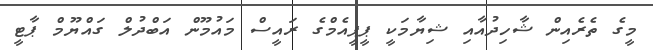
މީގެ ތެރެއިން ޝާހިދުއާއި ޝިޔާމަކީ ޕީޕީއެމްގެ ރައީސް މައުމޫން އަބްދުލް ގައްޔޫމް ޕާޓީ